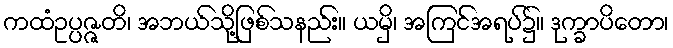
ကထံဥပ္ပဇ္ဇတိ၊ အဘယ်သို့ဖြစ်သနည်း။ ယမှိ၊ အကြင်အရပ်၌။ ဒုက္ခာပိတော၊